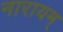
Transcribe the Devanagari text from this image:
नारायम्